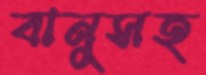
বানুসহ